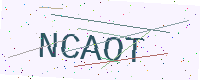
Text: NCAOT